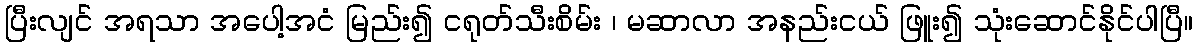
ပြီးလျင် အရသာ အပေါ့အငံ မြည်း၍ ငရုတ်သီးစိမ်း ၊ မဆာလာ အနည်းငယ် ဖြူး၍ သုံးဆောင်နိုင်ပါပြီ။